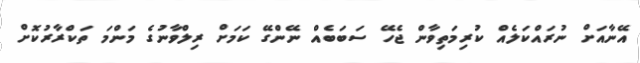
އޭނާއަށް ނުރައްކަލެއް ކުރިމަތިވާން ޖެހޭ ސަބަބެއް ނޭންގޭ ކަމަށް ރިލްވާނުގެ މަންމަ ތަކްރާރުކޮށް